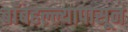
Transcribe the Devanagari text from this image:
बाँबहल्ल्यापासून